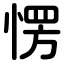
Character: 愣